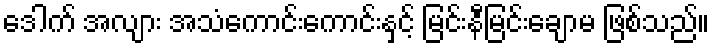
ဒေါက် အလျား အသံကောင်းကောင်းနှင့် မြင်းနီမြင်းချောမ ဖြစ်သည်။